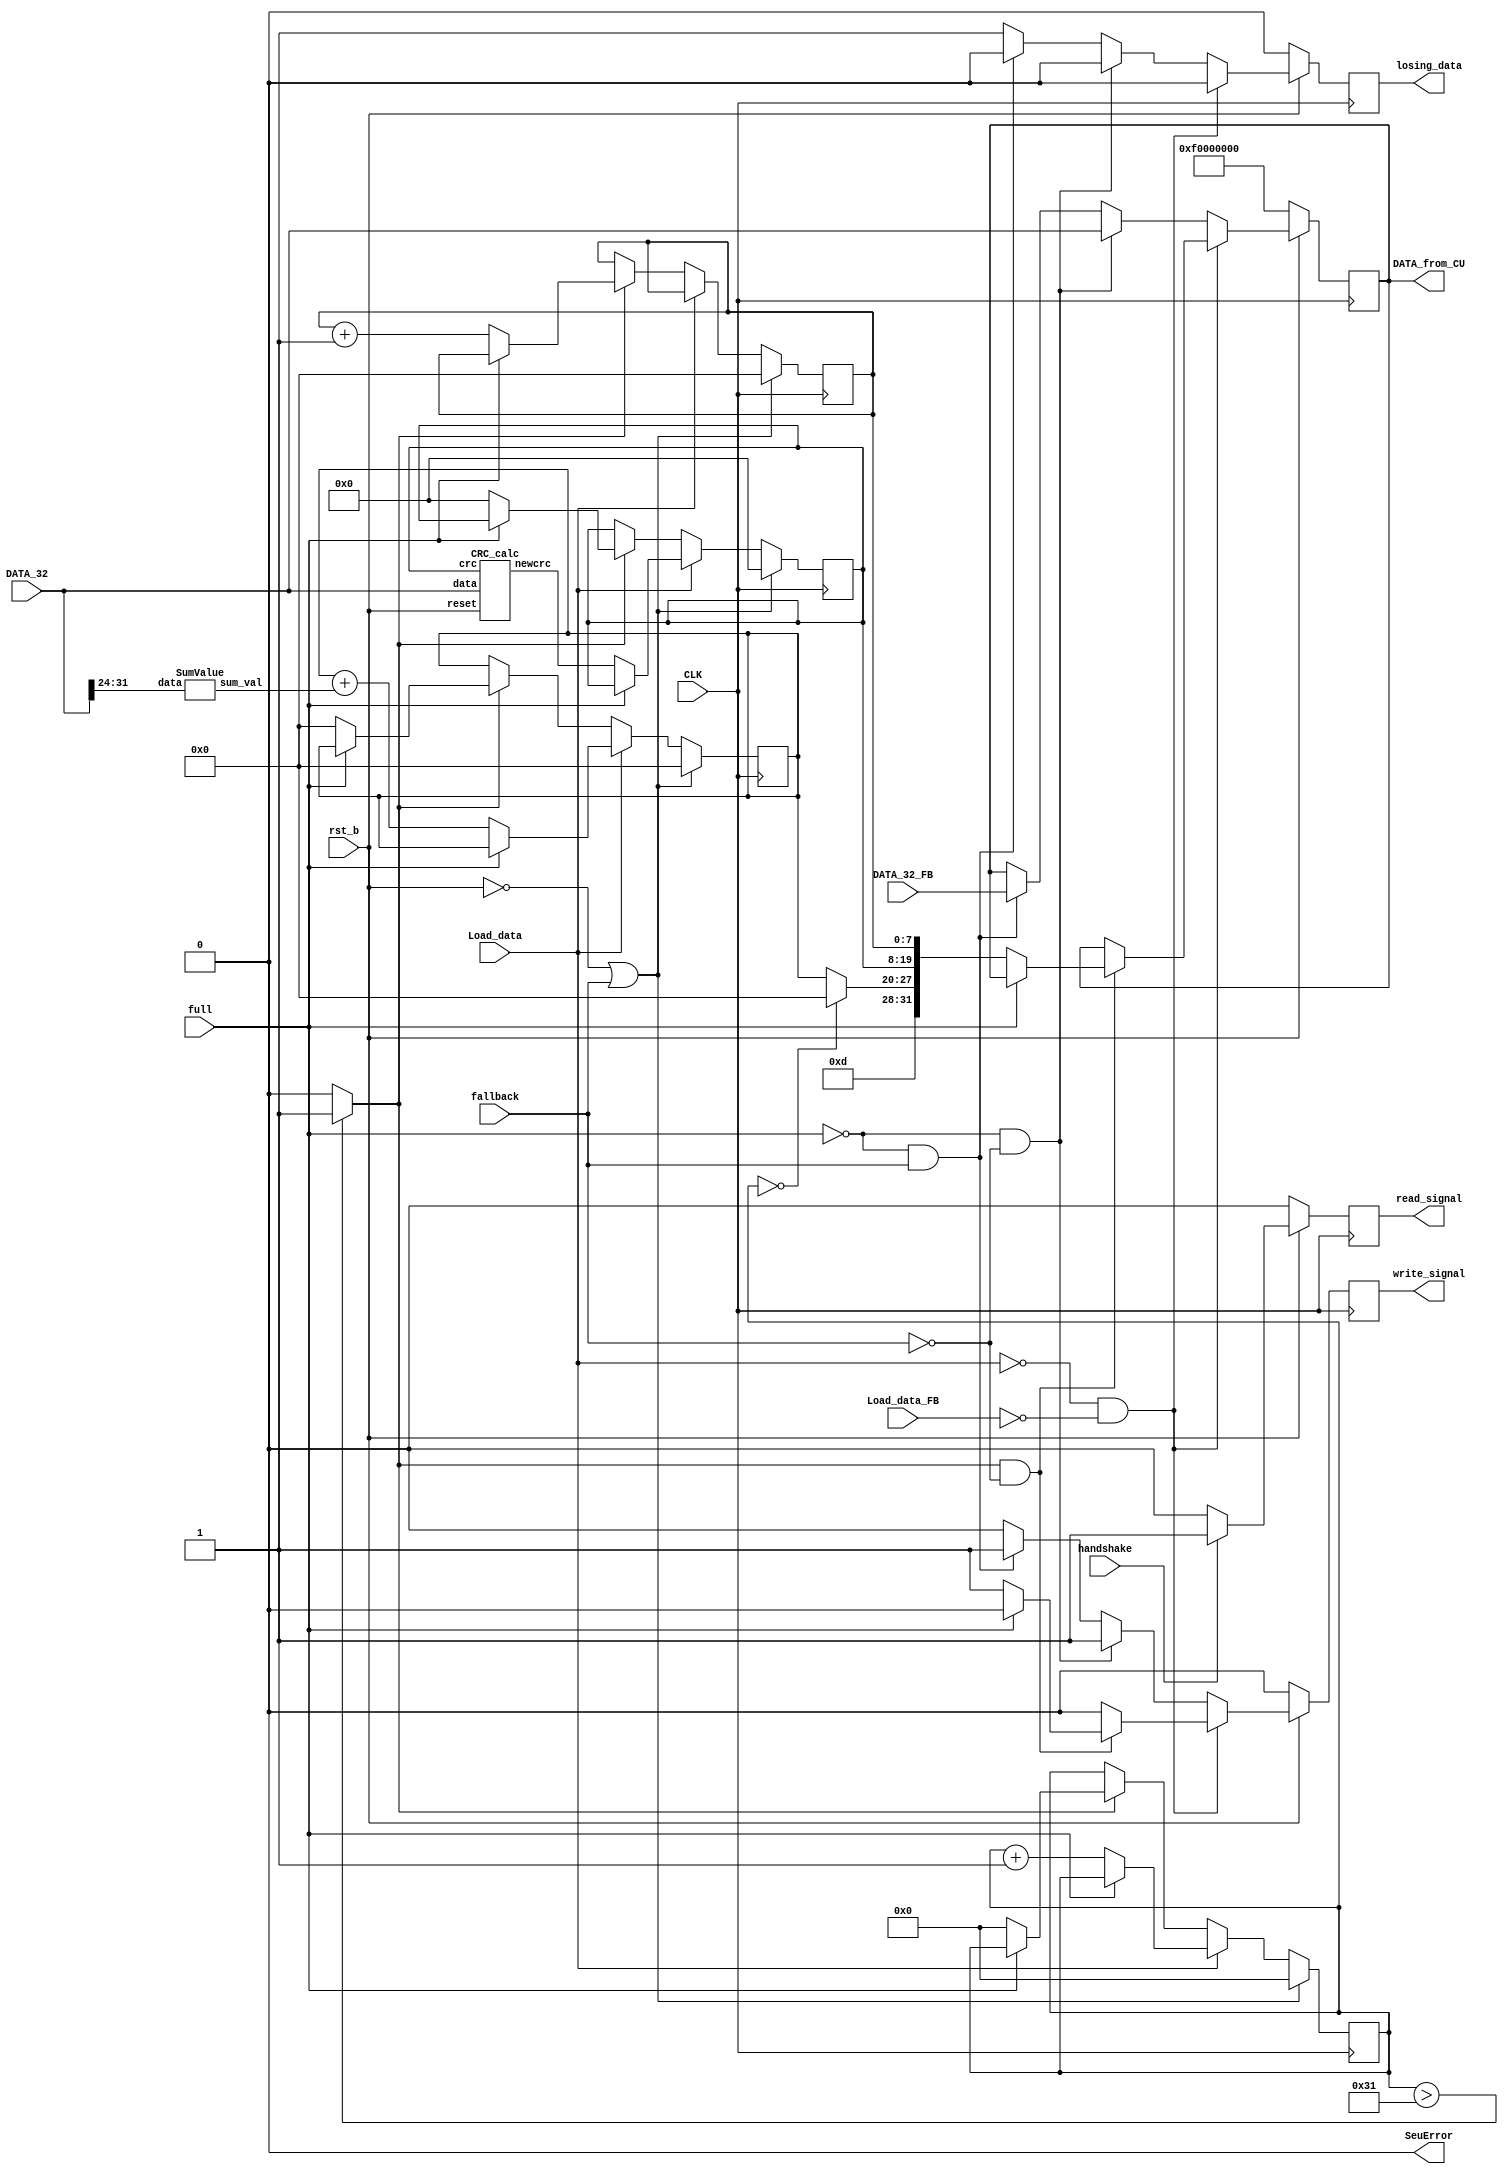

`timescale 1ns/1ps
module LDTU_CU(
	       CLK,
	       rst_b,
	       fallback,
	       Load_data,
	       DATA_32,
	       Load_data_FB,
	       DATA_32_FB,
	       full,
	       DATA_from_CU,
	       losing_data,
	       write_signal,
	       read_signal,
	       SeuError,
	       handshake
	       );


   parameter Nbits_32=32;
   parameter FifoDepth_buff=64;
   parameter bits_ptr=6;
   parameter limit=6'b110001;
   parameter crcBits=12;
   parameter Initial=32'b11110000000000000000000000000000;
   parameter bits_counter=2;



   input CLK;
   input rst_b;
   input fallback;
   
   input Load_data;
   input [Nbits_32-1:0] DATA_32;
   input 		Load_data_FB;
   input [Nbits_32-1:0] DATA_32_FB;
   input 		full;
   input 		handshake;

   output  		losing_data;
   output 		write_signal;
   output  [Nbits_32-1:0] DATA_from_CU;
   output 		     read_signal;
   output 		     SeuError;

   reg [7:0] 		     NSample;
   reg [5:0] 		     Nlimit;
   reg [7:0] 		     NFrame;
   reg [crcBits-1:0] 	     crc;
   
   
   reg 			     r_read_signal;
   reg 			     r_losing_data;
   reg 			     r_write_signal;
   reg [Nbits_32-1:0] 	     r_DATA_from_CU;

   wire 		     read_signal_synch;
   wire 		     losing_data_synch;
   wire 		     write_signal_synch;
   wire [Nbits_32-1:0] 	     DATA_from_CU_synch;
   
   wire [crcBits-1:0] 	     out_crc;

   wire 		     check_limit;

   wire [7:0] 		     NSamples;

   wire [Nbits_32-1:0] 	     wireTrailer;


   assign check_limit = (Nlimit>limit) ? 1'b1 : 1'b0;
   assign NSamples = (Nlimit==6'b0) ? 8'b0 : NSample;
   assign wireTrailer = {4'b1101,NSamples,crc,NFrame};



   wire [crcBits-1:0] 	     wcrc;

   assign wcrc = crc;
   wire 		     tmrError = 1'b0;   
   assign SeuError = tmrError;
   
   CRC_calc calc_crc (.reset(rst_b), .data(DATA_32), .crc(wcrc), .newcrc(out_crc));
   


   wire [7:0] 		     sum_val;


   SumValue SumValue ( .data(DATA_32[31:24]), .sum_val(sum_val));

   //////CRC calculation, not done if FALLBACK
   always @( posedge CLK ) begin
      if (rst_b==1'b0 || fallback==1'b1) begin
	 NSample <= 8'b0;
	 Nlimit <= 6'b0;
	 NFrame <= 8'b0;
	 crc <= 12'b0;
      end 
      else begin
	 if (Load_data == 1'b0) begin
	    if (check_limit==1'b1) begin
	       if (full==1'b0) begin
		  NSample <= 8'b0;
		  Nlimit <= 6'b0;
		  crc <= 12'b0;
		  NFrame <= NFrame+8'b1;
	       end
	    end
	 end 
	 else begin
	    if (full==1'b0) begin
	       Nlimit <= Nlimit+6'b1;
	       NSample <= NSample + sum_val;
	       crc <= out_crc;
	    end
	 end
      end
   end

   //Writing Process
   always @( posedge CLK ) begin
      if (rst_b==1'b0) begin
	 r_DATA_from_CU <= Initial;
   r_losing_data <= 1'b0;
   r_write_signal <= 1'b0;
end 
      else begin
	 if (Load_data == 1'b0 && Load_data_FB == 1'b0) begin
	    r_losing_data <= 1'b0;
	    if (check_limit==1'b1 && fallback==1'b0) begin
	       if (full==1'b0) begin
		  r_DATA_from_CU <= wireTrailer;
		  r_write_signal <= 1'b1;
	       end 
	       else begin
		  r_write_signal <= 1'b0;
	       end
	    end 
	    else begin
	       r_write_signal <= 1'b0;
	    end
	 end 
	 else begin
	    if (full==1'b0 && fallback==1'b0) begin
	       r_write_signal <= 1'b1;
	       r_losing_data <= 1'b0;
	       r_DATA_from_CU <= DATA_32;
	    end else if (full==1'b0 && fallback==1'b1) begin
	       r_write_signal <= 1'b1;
	       r_losing_data <= 1'b0;
	       r_DATA_from_CU <= DATA_32_FB;
	    end else begin
	       r_losing_data <= 1'b1;
	       r_write_signal <= 1'b0;
	    end
	 end
      end
   end

   always @( posedge CLK ) begin
      if (rst_b == 1'b0) r_read_signal <= 1'b0;
      else begin
	 if (handshake == 1'b1) begin
	    r_read_signal <= 1'b1;
	 end 
	 else r_read_signal <= 1'b0;
      end
   end

   assign	   read_signal_synch  = r_read_signal;
   assign	   write_signal_synch = r_write_signal;
   assign	   losing_data_synch  = r_losing_data;
   assign	   DATA_from_CU_synch = r_DATA_from_CU;	 

   
   assign read_signal  = read_signal_synch;
   assign write_signal = write_signal_synch;
   assign losing_data  = losing_data_synch;
   assign DATA_from_CU = DATA_from_CU_synch;
   

endmodule



module CRC_calc (reset,data,crc,newcrc);
   // tmrg do_not_touch
   parameter Nbits_32=32;
   parameter crcBits=12;
   input reset;
   input [Nbits_32-1:0] data;
   input [crcBits-1:0] 	crc;
   output [crcBits-1:0] newcrc;

   wire 		bit_0, bit_1, bit_2, bit_3, bit_4, bit_5, bit_6, bit_7, bit_8, bit_9, bit_10, bit_11;

   assign bit_0 = (reset == 1'b0) ? 1'b0 : data[30] ^data[29] ^data[26] ^data[25] ^data[24] ^data[23] ^data[22] ^data[17] ^data[16] ^data[15] ^data[14] ^data[13] ^data[12] ^data[11] ^data[8] ^data[7] ^data[6] ^data[5] ^data[4] ^data[3] ^data[2] ^data[1] ^data[0] ^crc[2] ^crc[3] ^crc[4] ^crc[5] ^crc[6] ^crc[9] ^crc[10] ;
   assign bit_1 = (reset == 1'b0) ? 1'b0 : data[31] ^data[29] ^data[27] ^data[22] ^data[18] ^data[11] ^data[9] ^data[0] ^crc[2] ^crc[7] ^crc[9] ^crc[11] ;
   assign bit_2 = (reset == 1'b0) ? 1'b0 : data[29] ^data[28] ^data[26] ^data[25] ^data[24] ^data[22] ^data[19] ^data[17] ^data[16] ^data[15] ^data[14] ^data[13] ^data[11] ^data[10] ^data[8] ^data[7] ^data[6] ^data[5] ^data[4] ^data[3] ^data[2] ^data[0] ^crc[2] ^crc[4] ^crc[5] ^crc[6] ^crc[8] ^crc[9] ;
   assign bit_3 = (reset == 1'b0) ? 1'b0 : data[27] ^data[24] ^data[22] ^data[20] ^data[18] ^data[13] ^data[9] ^data[2] ^data[0] ^crc[0] ^crc[2] ^crc[4] ^crc[7] ;
   assign bit_4 = (reset == 1'b0) ? 1'b0 : data[28] ^data[25] ^data[23] ^data[21] ^data[19] ^data[14] ^data[10] ^data[3] ^data[1] ^crc[1] ^crc[3] ^crc[5] ^crc[8] ;
   assign bit_5 = (reset == 1'b0) ? 1'b0 : data[29] ^data[26] ^data[24] ^data[22] ^data[20] ^data[15] ^data[11] ^data[4] ^data[2] ^crc[0] ^crc[2] ^crc[4] ^crc[6] ^crc[9] ;
   assign bit_6 = (reset == 1'b0) ? 1'b0 : data[30] ^data[27] ^data[25] ^data[23] ^data[21] ^data[16] ^data[12] ^data[5] ^data[3] ^crc[1] ^crc[3] ^crc[5] ^crc[7] ^crc[10] ;
   assign bit_7 = (reset == 1'b0) ? 1'b0 : data[31] ^data[28] ^data[26] ^data[24] ^data[22] ^data[17] ^data[13] ^data[6] ^data[4] ^crc[2] ^crc[4] ^crc[6] ^crc[8] ^crc[11] ;
   assign bit_8 = (reset == 1'b0) ? 1'b0 : data[29] ^data[27] ^data[25] ^data[23] ^data[18] ^data[14] ^data[7] ^data[5] ^crc[3] ^crc[5] ^crc[7] ^crc[9] ;
   assign bit_9 = (reset == 1'b0) ? 1'b0 : data[30] ^data[28] ^data[26] ^data[24] ^data[19] ^data[15] ^data[8] ^data[6] ^crc[4] ^crc[6] ^crc[8] ^crc[10] ;
   assign bit_10 = (reset == 1'b0) ? 1'b0 : data[31] ^data[29] ^data[27] ^data[25] ^data[20] ^data[16] ^data[9] ^data[7] ^crc[0] ^crc[5] ^crc[7] ^crc[9] ^crc[11] ;
   assign bit_11 = (reset == 1'b0) ? 1'b0 : data[29] ^data[28] ^data[25] ^data[24] ^data[23] ^data[22] ^data[21] ^data[16] ^data[15] ^data[14] ^data[13] ^data[12] ^data[11] ^data[10] ^data[7] ^data[6] ^data[5] ^data[4] ^data[3] ^data[2] ^data[1] ^data[0] ^crc[1] ^crc[2] ^crc[3] ^crc[4] ^crc[5] ^crc[8] ^crc[9] ;

   assign newcrc = {bit_11,bit_10,bit_9,bit_8,bit_7,bit_6,bit_5,bit_4,bit_3,bit_2,bit_1,bit_0};

endmodule



module SumValue (data, sum_val);
   // tmrg do_not_touch
   input [7:0] data;
   output reg [7:0] sum_val;

   always @(data) begin
      case (data[7:6])
	2'b01 : sum_val = 8'b101;
	2'b10 : sum_val = {2'b0,data[5:0]};
	2'b00 : begin
	   if (data[7:2] ==6'b001010) sum_val = 8'b10;
	   else sum_val = 8'b1;
	end
	default : sum_val = 8'b0;
      endcase
   end

endmodule